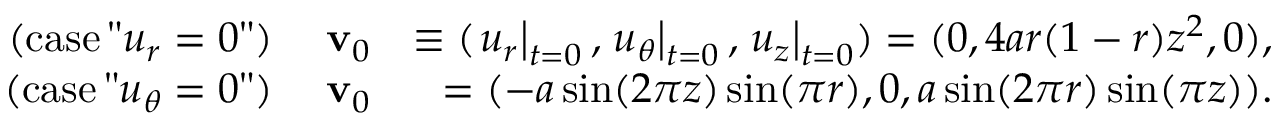
\begin{array} { r l r } { \mathrm { ( c a s e \, " } u _ { r } = 0 \mathrm { " ) } } & { \; \mathbf { v } _ { 0 } } & { \equiv ( \left. u _ { r } \right| _ { t = 0 } , \left. u _ { \theta } \right| _ { t = 0 } , \left. u _ { z } \right| _ { t = 0 } ) = ( 0 , 4 a r ( 1 - r ) z ^ { 2 } , 0 ) , } \\ { \mathrm { ( c a s e \, " } u _ { \theta } = 0 \mathrm { " ) } } & { \; \mathbf { v } _ { 0 } } & { = ( - a \sin ( 2 \pi z ) \sin ( \pi r ) , 0 , a \sin ( 2 \pi r ) \sin ( \pi z ) ) . } \end{array}